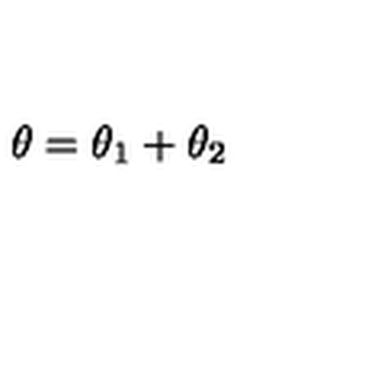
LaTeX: \theta = \theta _ { 1 } + \theta _ { 2 }